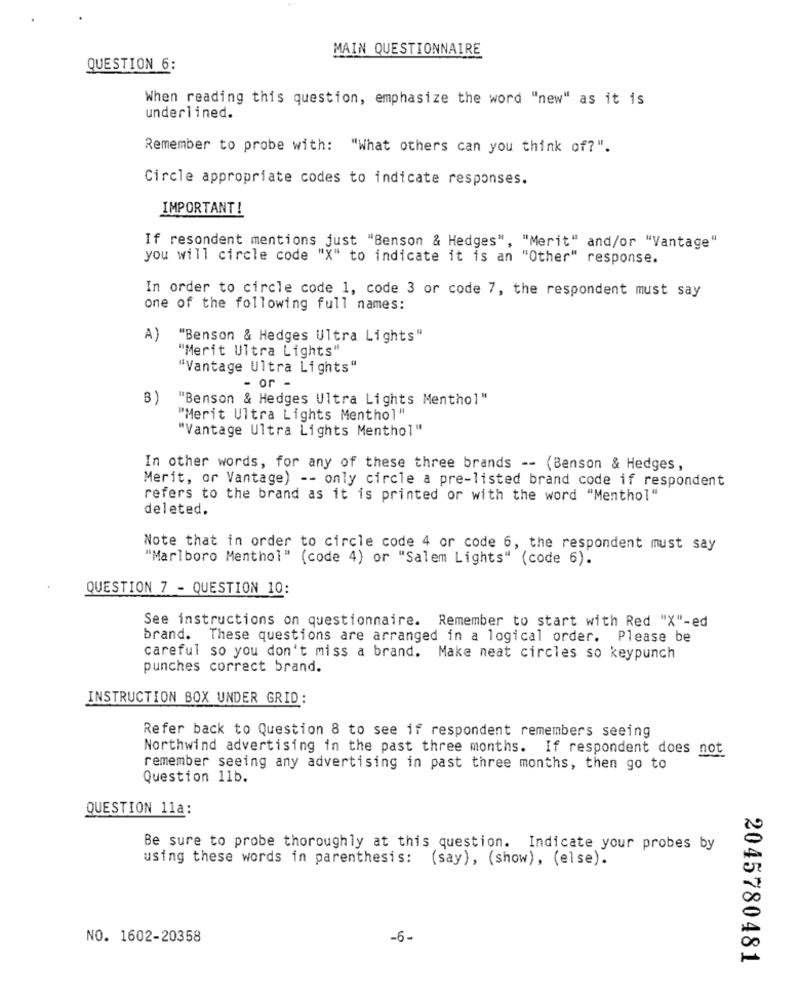
MAIN QUESTIONNAIRE
QUESTION 6:
When reading this question, emphasize the word "new" as it is
underlined.
Remember to probe with: "What others can you think of?".
Circle appropriate codes to indicate responses.
IMPORTANT!
If resondent mentions just "Benson & Hedges", "Merit" and/or "Vantage"
you will circle code "X" to indicate it is an "Other" response.
In order to circle code 1, code 3 or code 7, the respondent must say
one of the following full names:
A)
"Benson & Hedges Ultra Lights"
"Merit Ultra Lights"
"Vantage Ultra Lights"
or -
3
"Benson & Hedges Ultra Lights Menthol"
"Merit Ultra Lights Menthol"
"Vantage Ultra Lights Menthol"
In other words, for any of these three brands -- (Benson & Hedges,
Merit, or Vantage) -- only circle a pre-listed brand code if respondent
refers to the brand as it is printed or with the word "Menthol"
deleted.
Note that in order to circle code 4 or code 6, the respondent must say
"Marlboro Menthol" (code 4) or "Salem Lights" (code 6).
QUESTION 7 - QUESTION 10:
See instructions on questionnaire. Remember to start with Red "X"-ed
brand. These questions are arranged in a logical order. Please be
careful so you don't miss a brand. Make neat circles so keypunch
punches correct brand.
INSTRUCTION BOX UNDER GRID:
Refer back to Question 8 to see if respondent remembers seeing
Northwind advertising in the past three months. If respondent does not
remember seeing any advertising in past three months, then go to
Question 11b.
QUESTION 11a:
Be sure to probe thoroughly at this question. Indicate your probes by
using these words in parenthesis:
(say), (show), (else).
NO. 1602-20358
-6-
2045780481